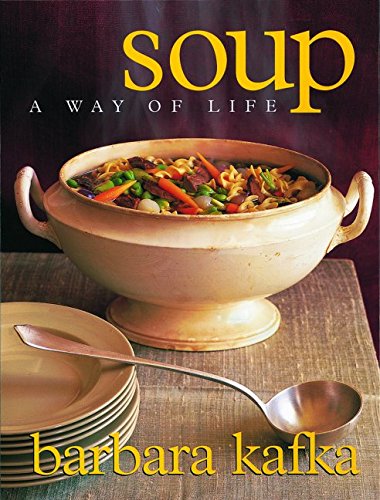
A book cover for Soup: A Way of Life; Barbara Kafka; Cookbooks, Food & Wine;